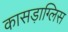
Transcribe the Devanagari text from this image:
कासड़ाग्लिस